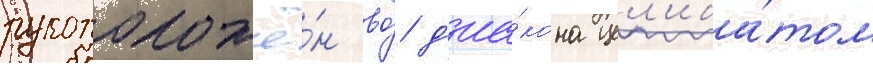
рукоположё́н во́ д'иа́кона цел'иба́том